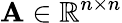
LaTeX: \mathbf{A}\in\mathbb{R}^{n\times n}